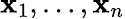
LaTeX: \mathbf{x}_{1},\dots,\mathbf{x}_{n}